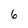
Character: 6